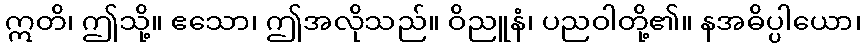
ဣတိ၊ ဤသို့။ ဧသော၊ ဤအလိုသည်။ ဝိညူနံ၊ ပညဝါတို့၏။ နအဓိပ္ပါယော၊